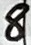
Text: 8